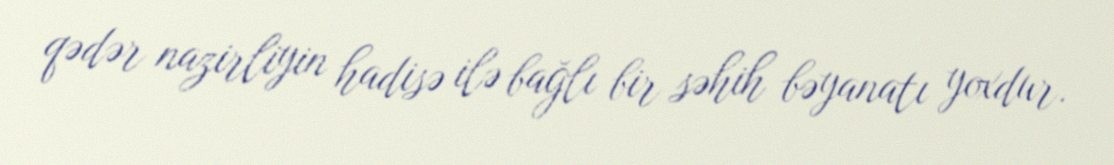
qədər nazirliyin hadisə ilə bağlı bir səhih bəyanatı yoxdur.